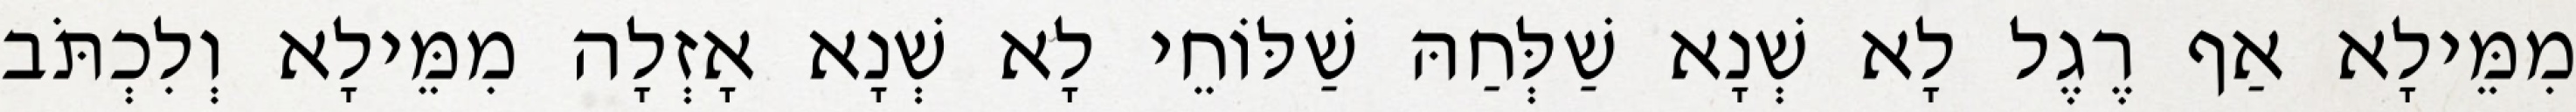
מִמֵּילָא אַף רֶגֶל לָא שְׁנָא שַׁלְּחַהּ שַׁלּוֹחֵי לָא שְׁנָא אָזְלָה מִמֵּילָא וְלִכְתֹּב